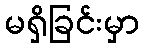
မရှိခြင်းမှာ